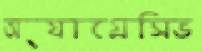
অ্যাগ্রেসিভ